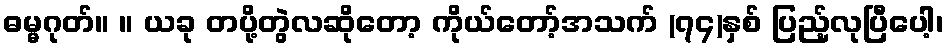
ဓမ္မဂုတ်။ ။ ယခု တပို့တွဲလဆိုတော့ ကိုယ်တော့်အသက် (၇၄)နှစ် ပြည့်လုပြီပေါ့၊